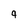
Character: 9